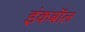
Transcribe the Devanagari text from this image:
इंकबॉल